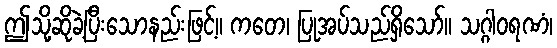
ဤသို့ဆိုခဲ့ပြီးသောနည်းဖြင့်။ ကတေ၊ ပြုအပ်သည်ရှိသော်။ သဂ္ဂါဝရဏံ၊